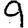
Digit: 9